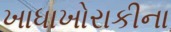
ખાધાખોરાકીના